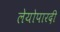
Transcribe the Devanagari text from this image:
लेयोपारदी